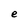
Character: e